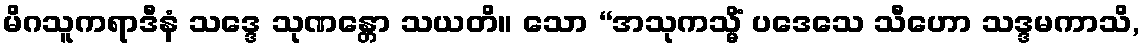
မိဂသူကရာဒီနံ သဒ္ဒေ သုဏန္တော သယတိ။ သော “အသုကသ္မိံ ပဒေသေ သီဟော သဒ္ဒမကာသိ,